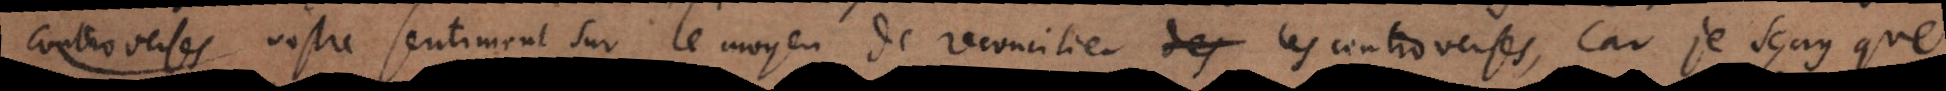
vostre sentiment sur le moyen de reconcilier les controverses, car je sçay que